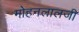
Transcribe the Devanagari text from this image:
मोहनलालजी